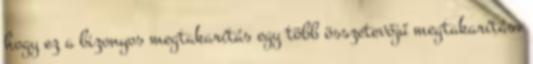
hogy ez a bizonyos megtakarítás egy több összetevőjű megtakarítás,